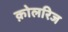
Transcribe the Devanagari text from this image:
क़ोलरिज